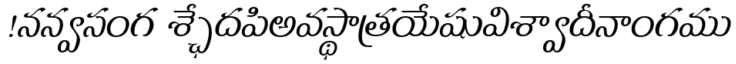
!నన్వసంగ శ్ఛేదపిఅవస్థాత్రయేషువిశ్వాదీనాంగము